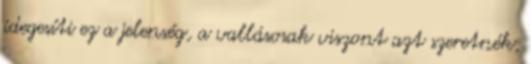
idegesíti ez a jelenség, a vallásosak viszont azt szeretnék,